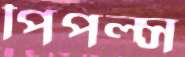
পিপল্স